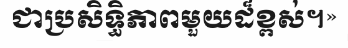
ជាប្រសិទ្ធិភាពមួយដ៏ខ្ពស់។»